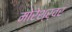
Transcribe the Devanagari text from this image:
मोरेश्र्वर